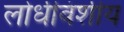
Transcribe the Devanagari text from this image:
लोधीवंशीय